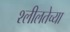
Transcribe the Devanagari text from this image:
श्लीलतेच्या